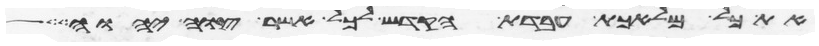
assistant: את כל מלאכת עבדת הקדש לכל אשר צוה יהוה